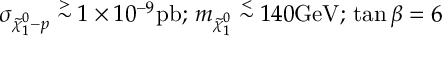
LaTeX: \sigma _ { \tilde { \chi } _ { 1 } ^ { 0 } - p } \stackrel { > } { \sim } 1 \times 1 0 ^ { - 9 } \mathrm { p b } ; \, m _ { \tilde { \chi } _ { 1 } ^ { 0 } } \stackrel { < } { \sim } 1 4 0 \mathrm { G e V } ; \, \tan \beta = 6